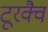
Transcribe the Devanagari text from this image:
टूरक्वै